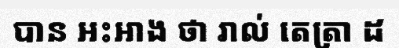
បាន អះអាង ថា រាល់ តេត្រា ដ